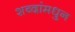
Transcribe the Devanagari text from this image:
शब्दांमधुन